Problem: 43 + 27 = ?
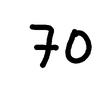
Handwritten answer: 70